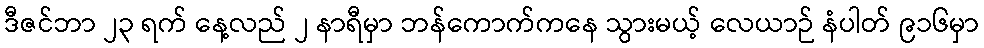
ဒီဇင်ဘာ ၂၃ ရက် နေ့လည် ၂ နာရီမှာ ဘန်ကောက်ကနေ သွားမယ့် လေယာဉ် နံပါတ် ၉၁၆မှာ